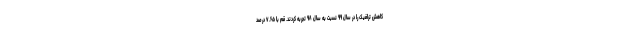
کاهش ترافیک را در سال ۹۹ نسبت به سال ۹۸ تجربه کردند. قم با ۷.۶۵ درصد